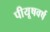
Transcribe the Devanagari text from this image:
पीयूषवर्ष